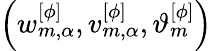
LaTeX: \left(w_{m,\alpha}^{[\phi]},v_{m,\alpha}^{[\phi]},\vartheta_{m}^{[\phi]}\right)